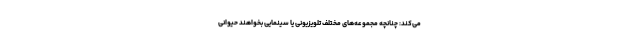
می‌کند: چنانچه مجموعه‌های مختلف تلویزیونی یا سینمایی بخواهند حیوانی